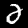
Digit: 2